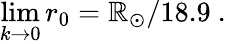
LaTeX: \operatorname*{lim}_{k\to0}r_{0}=\mathbb{R}_{\odot}/18.9\ .